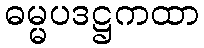
ဓမ္မပဒဋ္ဌကထာ